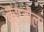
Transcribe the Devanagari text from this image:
ब्राजी़ल